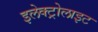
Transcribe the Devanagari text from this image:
इलेक्‍ट्रोलाइट